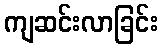
ကျဆင်းလာခြင်း